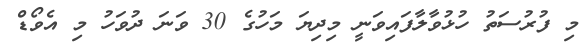
މި ފުރުސަތު ހުޅުވާލާފައިވަނީ މިދިޔަ މަހުގެ 30 ވަނަ ދުވަހު މި އެވޯޑް